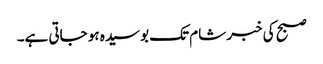
صبح کی خبر شام تک بوسیدہ ہو جاتی ہے۔